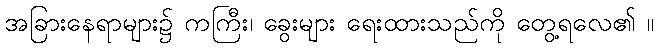
အခြားနေရာများ၌ ကကြီး၊ ခွေးများ ရေးထားသည်ကို တွေ့ရလေ၏ ။